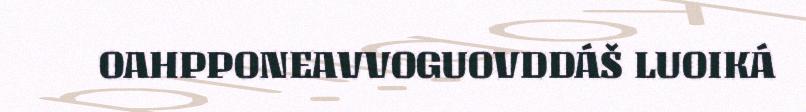
OAHPPONEAVVOGUOVDDÁŠ LUOIKÁ